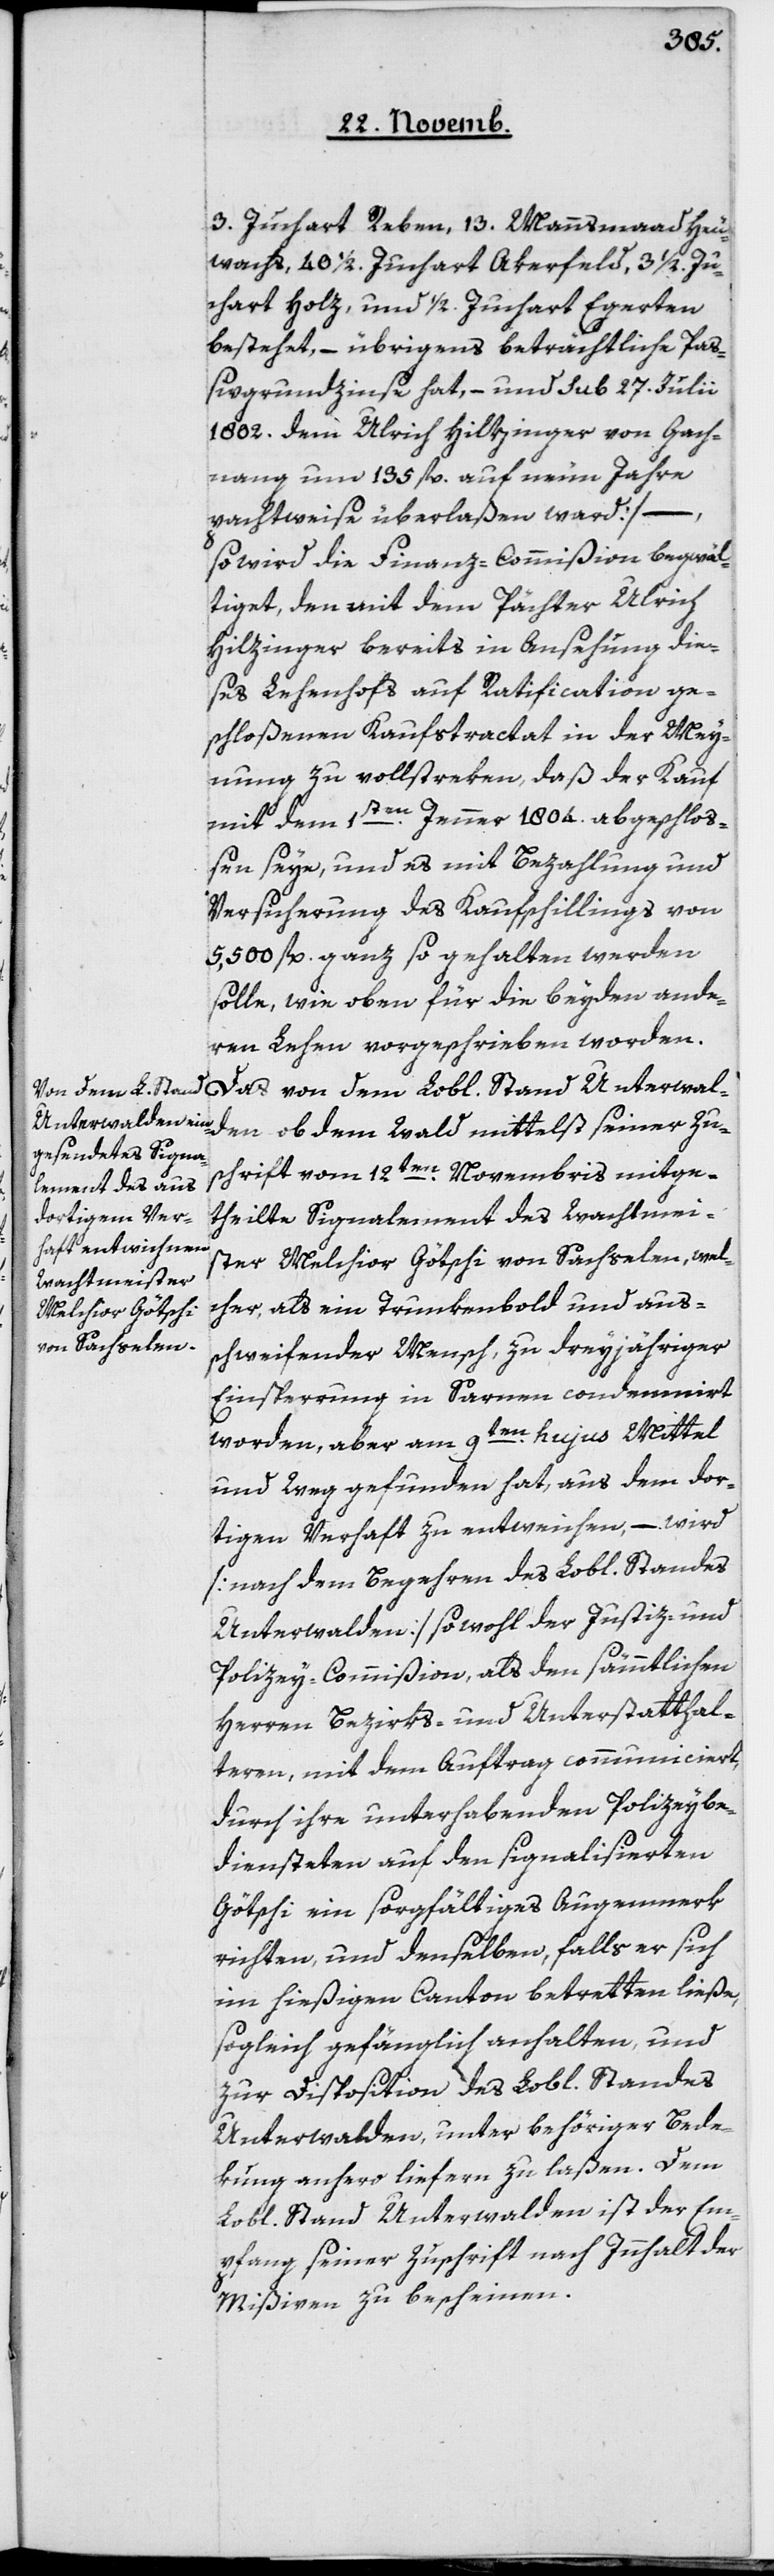
3 Juchart Reben, 13 Mannsmaad Heu¬
wachs, 40 1/2 Juchart Akerfeld, 3 1/2 Ju¬
chart Holz, und 1/2 Juchart Egerten
bestehet, – übrigens beträchtliche Paß¬
ivgrundzinse hat, – und sub 27. Julii
1802 dem Ulrich Hiltzinger von Gach¬
nang um 195 fl. auf neun Jahre
pachtweise überlaßen ward] –
so wird die Finanz-Commißion begwäl¬
tiget, den mit dem Pächter Ulrich
Hilzinger [sic!] bereits in Ansehung die¬
ses Lehenhofs auf Ratification ge¬
schloßenen Kaufstractat in der Mey¬
nung zu vollstreken, daß der Kauf
mit dem 1ten Jenner 1804 abgeschlo¬
ßen seye, und es mit Bezahlung und
Versicherung des Kaufschillings von
5500 fl. ganz so gehalten werden
solle, wie oben für die beyden ande¬
ren Lehen vorgeschrieben worden.
Das von dem Lobl. Stand Unterwal¬
den ob dem Wald mittelst seiner Zu¬
schrift vom 12ten Novembris mitge¬
theilte Signalement des Wachtmei¬
sters Melchior Götschi von Sachselen, wel¬
cher, als ein Trunkenbold und aus¬
schweifender Mensch, zu dreyjähriger
Einsperrung in Sarnen condemniert
worden, aber am 9ten hujus Mittel
und Weg gefunden hat, aus dem dor¬
tigen Verhaft zu entweichen, – wird
[nach dem Begehren desLobl. Standes
Unterwalden sowohl der Justiz- und
Polizey¨-Commißion, als den sämmtlichen
Herren Bezirks- und Unterstatthal¬
teren, mit dem Auftrag communiciert,
durch ihre unterhabenden Polizeybe¬
diensteten auf den signalisierten
Götschi ein sorgfältiges Augenmerk
richten, und denselben, falls er sich
im hießigen Canton betretten ließe,
sogleich gefänglich anhalten und
zur Disposition des Lobl. Standes
Unterwalden, unter behöriger Bede¬
kung anhero liefern zu laßen. Dem
Lobl. Stand Unterwalden ist der Em¬
pfang seiner Zuschrift nach Innhalt der
Mißiven zu bescheinen.